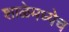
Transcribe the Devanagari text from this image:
शाळेमध्येच